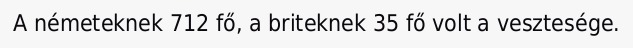
A németeknek 712 fő, a briteknek 35 fő volt a vesztesége.